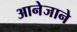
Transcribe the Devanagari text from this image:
आनेजाने